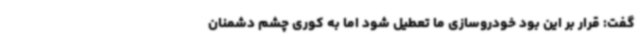
گفت: قرار بر این بود خودروسازی ما تعطیل شود اما به کوری چشم دشمنان